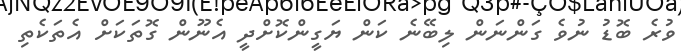
ވުރެ ބޮޑު ނުވެ ގަންނަން ލިބޭނެ ކަން ޔަގީންކޮށްދީ އެނޫން ގޮތަކަށް އެތަކެތި